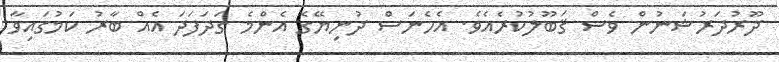
ދޫރުދަރުޝަނުން ވެސް ޤަބޫލުކުރެއެވެ. އެހެނަސް ދުނިޔޭގެ އެންމެ ގަދަފަދަ އެއް ބާރު ކަމުގައިވާ